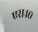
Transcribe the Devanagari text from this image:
एस४०